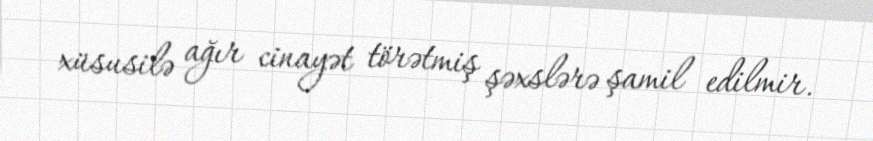
xüsusilə ağır cinayət törətmiş şəxslərə şamil edilmir.